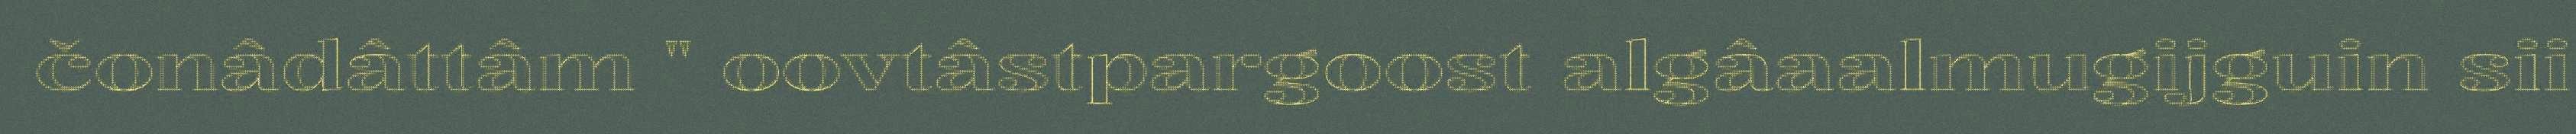
čonâdâttâm " oovtâstpargoost algâaalmugijguin sii